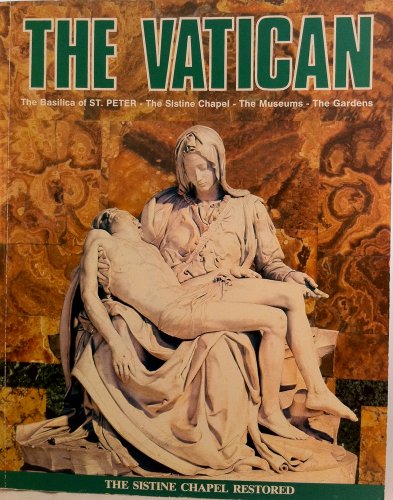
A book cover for The Vatican: The Basilica of St. Peter - The Sistine Chapel - The Museums - The Gardens; Mario Pietrangeli; Travel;